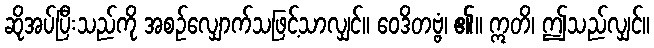
ဆိုအပ်ပြီးသည်ကို အစဉ်လျှောက်သဖြင့်သာလျှင်။ ဝေဒိတဗ္ဗံ၊ ၏။ ဣတိ၊ ဤသည်လျှင်။